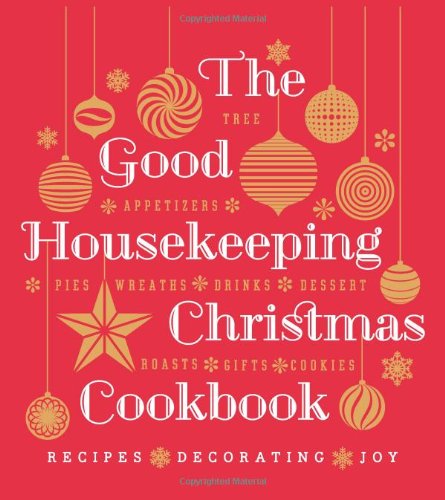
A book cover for The Good Housekeeping Christmas Cookbook: Recipes * Decorating * Joy (Good Housekeeping Cookbooks); Cookbooks, Food & Wine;